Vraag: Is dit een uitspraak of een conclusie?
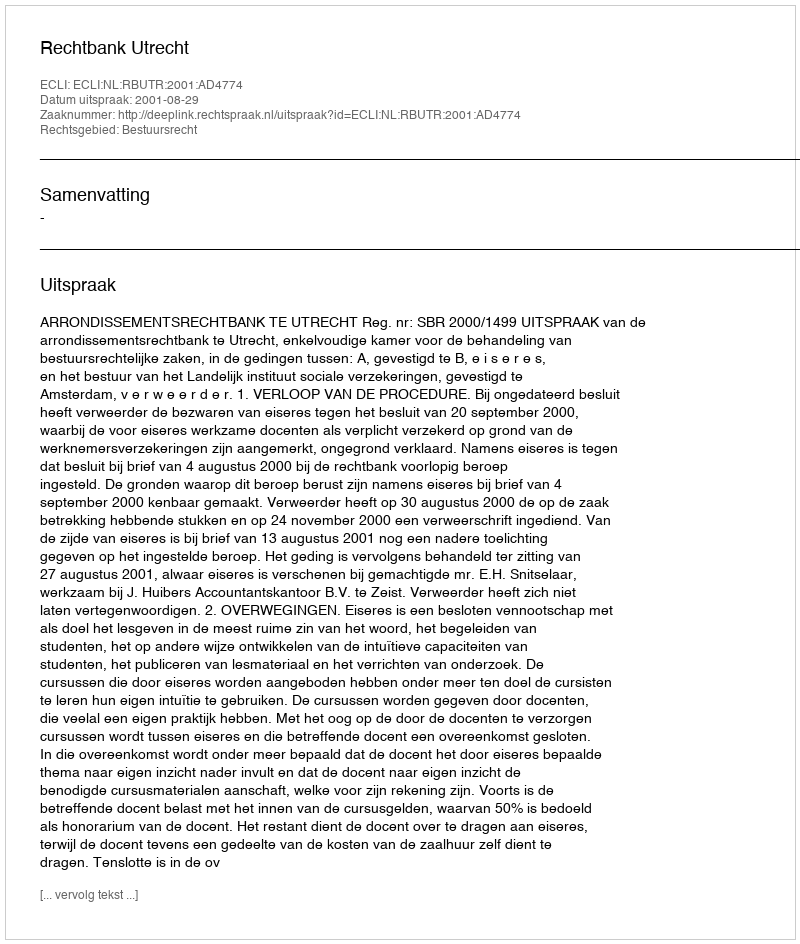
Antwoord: Uitspraak